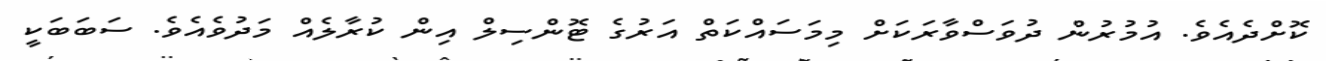
ކޮށްދެއެވެ. އުމުރުން ދުވަސްވާރަކަށް މިމަސައްކަތް އަރުގެ ޓޮންސިލް އިން ކުރާލެއް މަދުވެއެވެ. ސަބަބަކީ